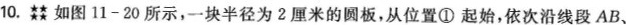
10.如图11-20所示，一块半径为2厘米的圆板，从位置①起始，依次沿线段AB、